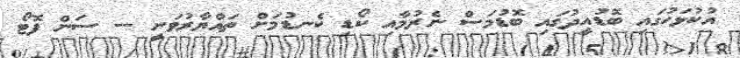
އުކުޅަހުގައި ބޮޑުއީދުގައި ބޮޑުމަސް ނެރުމާއި ކޯޑި ކެނޑުމަށް ތައްޔާރުވަނީ -- ސަން ފޮޓޯ